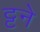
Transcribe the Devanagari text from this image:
ट्टने